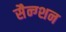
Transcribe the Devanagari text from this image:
सैन्ग्शन